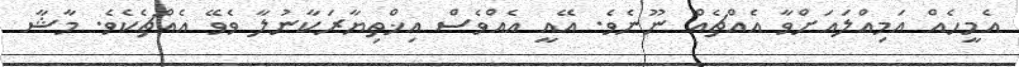
އެމީހެއް އަމިއްލައަށްވާ އެއްޗެއް ނޫނެވެ. އޭއީ އެއްވެސް އިޚްތިޔާރަކާނުލާ ވެވޭ އެއްޗެކެވެ. މާޝާ